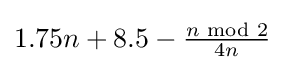
{\textstyle 1.75n+8.5-{\frac {n{\text{ mod }}2}{4n}}}